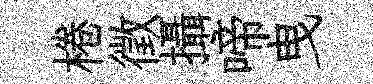
棬徵攝啼曳